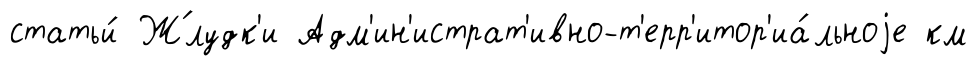
статьи́ Ж́лудк'и Адм'ин'истрат'ивно-т'ерр'итор'иа́льноjе км